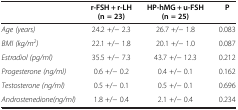
|  | r-FSH + r-LH (n = 23) | HP-hMG + u-FSH (n = 25) | P |
 | --- | --- | --- | --- |
 | Age (years) | 24.2 +/- 2.3 | 26.7 +/- 1.8 | 0.083 |
 | BMI (kg/m2) | 22.1 +/- 1.8 | 20.1 +/- 1.0 | 0.087 |
 | Estradiol (pg/ml) | 35.5 +/- 7.3 | 43.7 +/- 12.3 | 0.212 |
 | Progesterone (ng/ml) | 0.6 +/- 0.2 | 0.4 +/- 0.1 | 0.162 |
 | Testosterone (ng/ml) | 0.5 +/- 0.1 | 0.5 +/- 0.1 | 0.696 |
 | Androstenedione(ng/ml) | 1.8 +/- 0.4 | 2.1 +/- 0.4 | 0.234 |